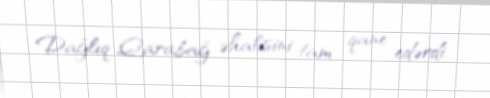
Dağlıq Qarabağ əhalisini tam qane edərdi.